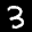
Label: 3